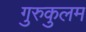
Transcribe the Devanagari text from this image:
गुरुकुलम